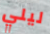
ليلي